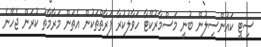
ސިޓީ ކައުންސިލުން ބުނީ މަސްމާރުކޭޓާ ހަވާލުކުރާ ފަރާތްތަކުން އެތަން މަރާމާތު ކުރަން ޖެހޭނެ